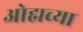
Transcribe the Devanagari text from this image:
ओह्मच्या